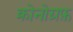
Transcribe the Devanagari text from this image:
क्रोनोग्रफ़